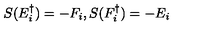
S ( E _ { i } ^ { \dagger } ) = - F _ { i } , S ( F _ { i } ^ { \dagger } ) = - E _ { i }